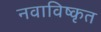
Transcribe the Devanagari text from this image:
नवाविष्कृत